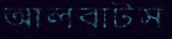
আলবাটস